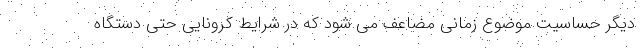
دیگر حساسیت موضوع زمانی مضاعف می شود که در شرایط کرونایی حتی دستگاه